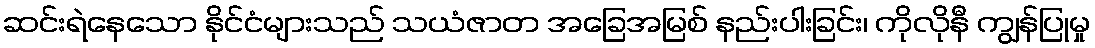
ဆင်းရဲနေသော နိုင်ငံများသည် သယံဇာတ အခြေအမြစ် နည်းပါးခြင်း၊ ကိုလိုနီ ကျွန်ပြုမှု